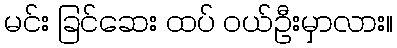
မင်း ခြင်ဆေး ထပ် ဝယ်ဦးမှာလား။